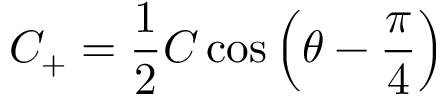
C _ { + } = { \frac { 1 } { 2 } } C \cos { \left( \theta - { \frac { \pi } { 4 } } \right) }